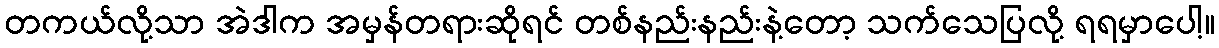
တကယ်လို့သာ အဲဒါက အမှန်တရားဆိုရင် တစ်နည်းနည်းနဲ့တော့ သက်သေပြလို့ ရရမှာပေါ့။